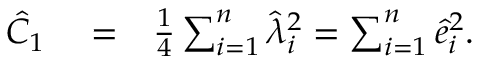
\begin{array} { r l r } { \hat { C } _ { 1 } } & { { } = } & { \frac { 1 } { 4 } \sum _ { i = 1 } ^ { n } \hat { \lambda } _ { i } ^ { 2 } = \sum _ { i = 1 } ^ { n } \hat { e } _ { i } ^ { 2 } . } \end{array}